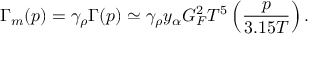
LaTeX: \Gamma _ { m } ( p ) = \gamma _ { \rho } \Gamma ( p ) \simeq \gamma _ { \rho } y _ { \alpha } G _ { F } ^ { 2 } T ^ { 5 } \left( { \frac { p } { 3 . 1 5 T } } \right) .